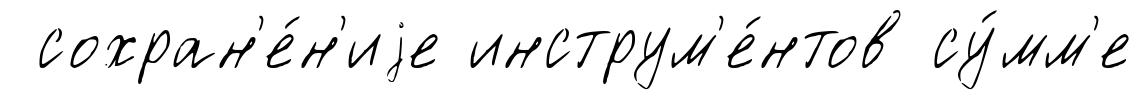
сохран'е́н'иjе инструм'е́нтов су́мм'е